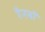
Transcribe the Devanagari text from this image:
रैनबॉ